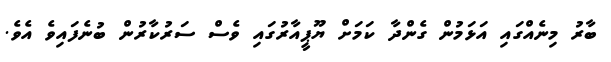
ބާރު މިނެއްގައި އަޅަމުން ގެންދާ ކަމަށް ޔޫޕީއާރުގައި ވެސް ސަރުކާރުން ބުނެފައިވެ އެވެ.